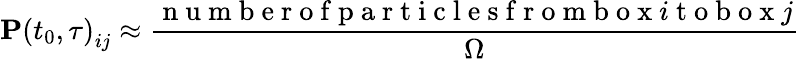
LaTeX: \mathbf{P}\left(t_{0},\tau\right)_{ij}\approx\frac{\mathrm{~n~u~m~b~e~r~o~f~p~a~r~t~i~c~l~e~s~f~r~o~m~b~o~x~}i\mathrm{~t~o~b~o~x~}j}{\Omega}